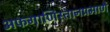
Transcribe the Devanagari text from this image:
अफगाणिस्तानप्रमाणे